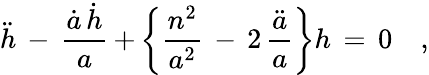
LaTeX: \ddot{h}\, -\, \frac{\dot{a}\, \dot{h}}{a}\, +\, \biggr\{ \frac{n^{2}}{a^{2}}\, -\, 2\, \frac{\ddot{a}}{a}\biggl\} h\, =\, 0\quad,